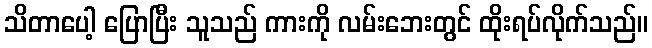
သိတာပေါ့ ပြောပြီး သူသည် ကားကို လမ်းဘေးတွင် ထိုးရပ်လိုက်သည်။